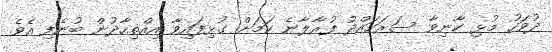
ދުވަހު މުޅި ކާނިވާ ސަރަހައްދު ފުރާލާނެ ކަމަށް ގުޅިފައިވާ އިއްތިހާދުން ބުނެފި އެވެ.